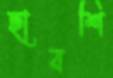
হাবশি